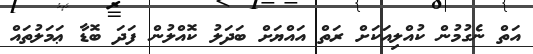
އަތް ނެގުމުން ކުއްލިއަކަށް ރަތް އައްޔަށް ބަދަލު ކޮއްލުން ފަދަ ބޮޑާ ޢަމަލުތައް